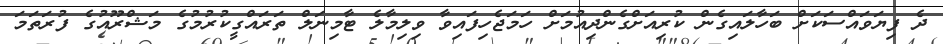
ދެ ފިޔަވައްސަކަށް ބަހާލައިގެން ކުރިއަށްގެންދިއުމަށް ހަމަޖެހިފައިވާ ވިލިމާލެ ޓާމިނަލް ތަރައްގީކުރުމުގެ މަޝްރޫއުގެ ފުރަތަމަ